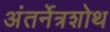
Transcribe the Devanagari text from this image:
अंतर्नेत्रशोथ